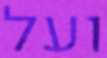
ועל